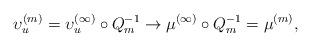
LaTeX: \begin{align*} \upsilon_u^{(m)} = \upsilon_u^{(\infty)} \circ Q_m^{-1} \to \mu^{(\infty)} \circ Q_m^{-1} = \mu^{(m)}, \end{align*}